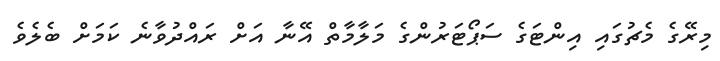
މިރޭގެ މެޗުގައި އިންޓަގެ ސަޕޯޓަރުންގެ މަލާމާތް އޭނާ އަށް ރައްދުވާނެ ކަމަށް ބެލެވެ